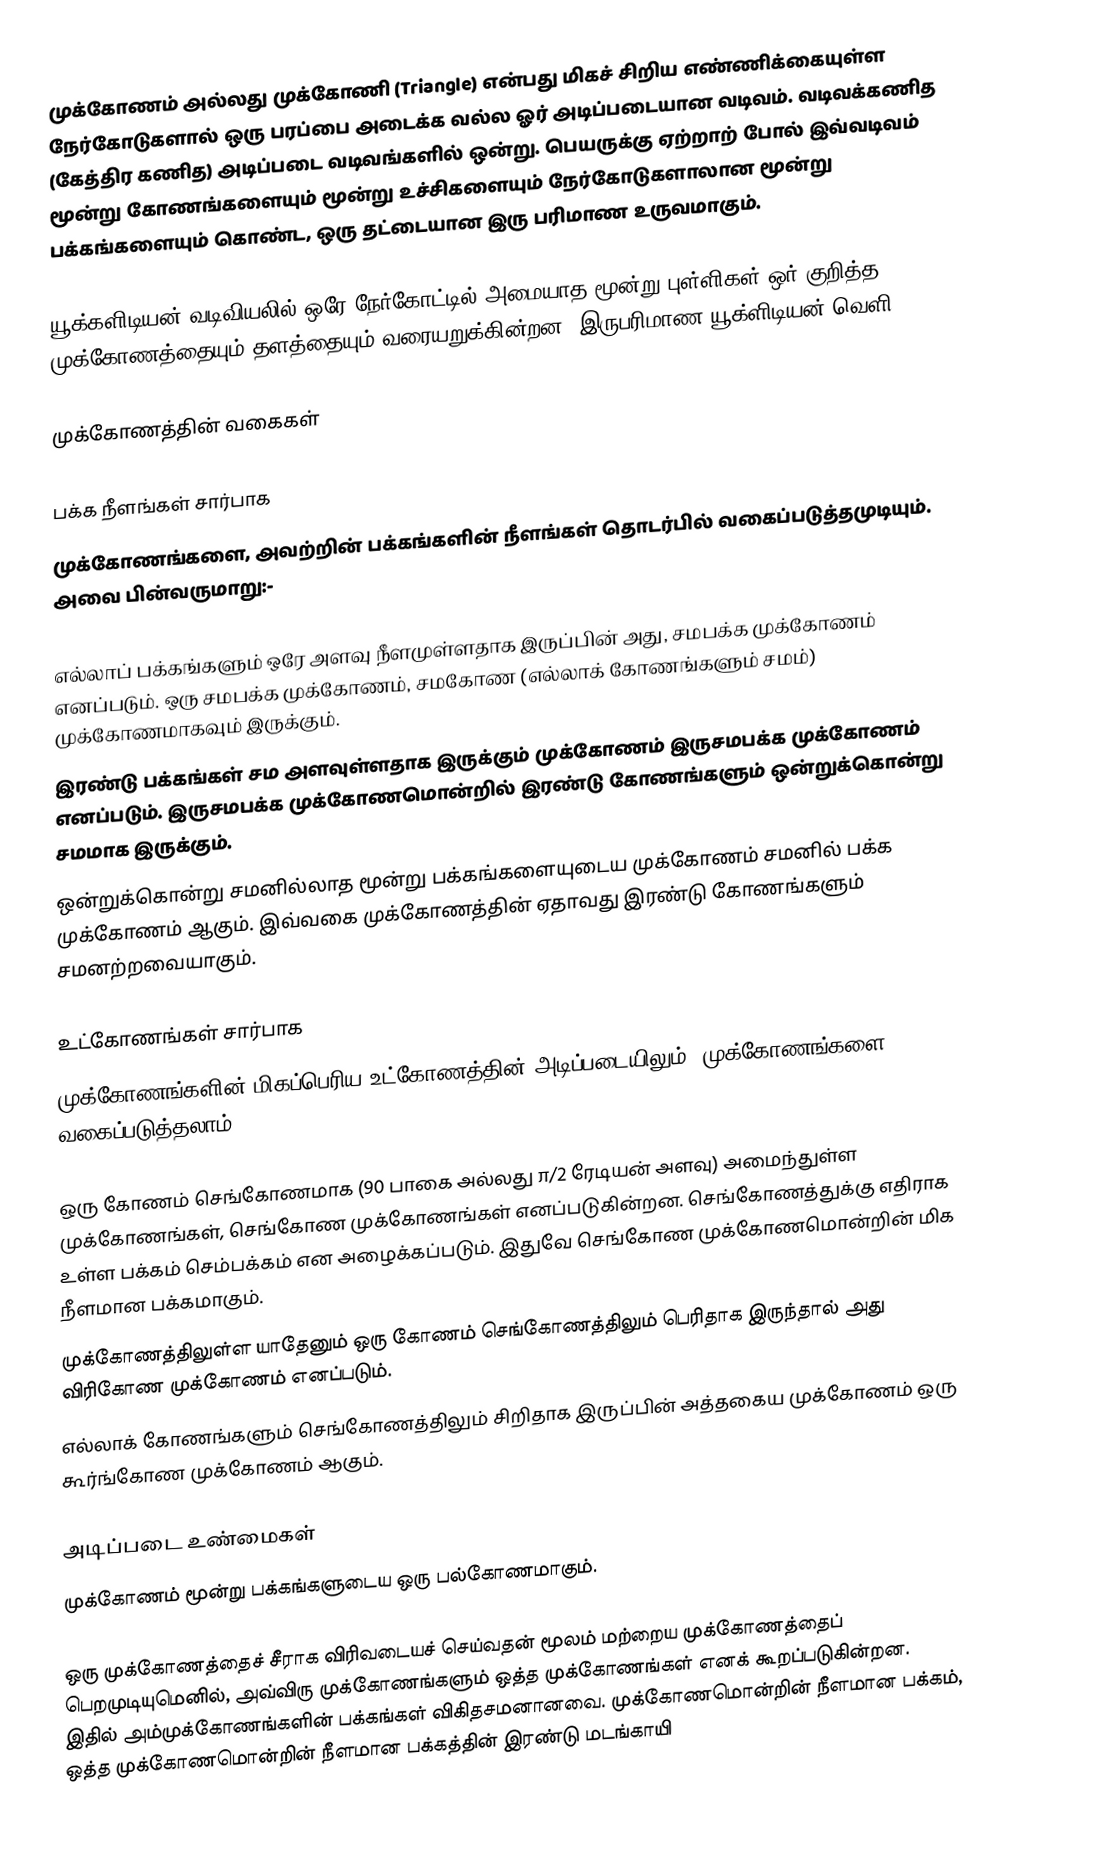
முக்கோணம் அல்லது முக்கோணி (Triangle) என்பது மிகச் சிறிய எண்ணிக்கையுள்ள நேர்கோடுகளால் ஒரு பரப்பை அடைக்க வல்ல ஓர் அடிப்படையான வடிவம். வடிவக்கணித (கேத்திர கணித) அடிப்படை வடிவங்களில் ஒன்று. பெயருக்கு ஏற்றாற் போல் இவ்வடிவம் மூன்று கோணங்களையும் மூன்று உச்சிகளையும் நேர்கோடுகளாலான மூன்று பக்கங்களையும் கொண்ட, ஒரு தட்டையான இரு பரிமாண உருவமாகும்.

யூக்களிடியன் வடிவியலில் ஒரே நேர்கோட்டில் அமையாத மூன்று புள்ளிகள் ஒர் குறித்த முக்கோணத்தையும் தளத்தையும் வரையறுக்கின்றன.(இருபரிமாண யூக்ளிடியன் வெளி).

முக்கோணத்தின் வகைகள்

பக்க நீளங்கள் சார்பாக
முக்கோணங்களை, அவற்றின் பக்கங்களின் நீளங்கள் தொடர்பில் வகைப்படுத்தமுடியும். அவை பின்வருமாறு:-

 எல்லாப் பக்கங்களும் ஒரே அளவு நீளமுள்ளதாக இருப்பின் அது, சமபக்க முக்கோணம் எனப்படும். ஒரு சமபக்க முக்கோணம், சமகோண (எல்லாக் கோணங்களும் சமம்) முக்கோணமாகவும் இருக்கும்.
 இரண்டு பக்கங்கள் சம அளவுள்ளதாக இருக்கும் முக்கோணம் இருசமபக்க முக்கோணம் எனப்படும். இருசமபக்க முக்கோணமொன்றில் இரண்டு கோணங்களும் ஒன்றுக்கொன்று சமமாக இருக்கும்.
 ஒன்றுக்கொன்று சமனில்லாத மூன்று பக்கங்களையுடைய முக்கோணம் சமனில் பக்க முக்கோணம் ஆகும். இவ்வகை முக்கோணத்தின் ஏதாவது இரண்டு கோணங்களும் சமனற்றவையாகும்.

உட்கோணங்கள் சார்பாக
முக்கோணங்களின் மிகப்பெரிய உட்கோணத்தின் அடிப்படையிலும், முக்கோணங்களை வகைப்படுத்தலாம்.

 ஒரு கோணம் செங்கோணமாக (90 பாகை அல்லது π/2 ரேடியன் அளவு) அமைந்துள்ள முக்கோணங்கள், செங்கோண முக்கோணங்கள் எனப்படுகின்றன. செங்கோணத்துக்கு எதிராக உள்ள பக்கம் செம்பக்கம் என அழைக்கப்படும். இதுவே செங்கோண முக்கோணமொன்றின் மிக நீளமான பக்கமாகும்.
 முக்கோணத்திலுள்ள யாதேனும் ஒரு கோணம் செங்கோணத்திலும் பெரிதாக இருந்தால் அது விரிகோண முக்கோணம் எனப்படும்.
 எல்லாக் கோணங்களும் செங்கோணத்திலும் சிறிதாக இருப்பின் அத்தகைய முக்கோணம் ஒரு கூர்ங்கோண முக்கோணம் ஆகும்.

அடிப்படை உண்மைகள்
முக்கோணம் மூன்று பக்கங்களுடைய ஒரு பல்கோணமாகும்.

ஒரு முக்கோணத்தைச் சீராக விரிவடையச் செய்வதன் மூலம் மற்றைய முக்கோணத்தைப் பெறமுடியுமெனில், அவ்விரு முக்கோணங்களும் ஒத்த முக்கோணங்கள் எனக் கூறப்படுகின்றன. இதில் அம்முக்கோணங்களின் பக்கங்கள் விகிதசமனானவை. முக்கோணமொன்றின் நீளமான பக்கம், ஒத்த முக்கோணமொன்றின் நீளமான பக்கத்தின் இரண்டு மடங்காயி